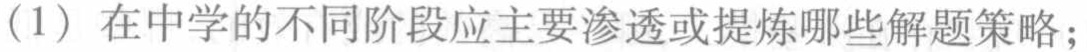
(1) 在中学的不同阶段应主要渗透或提炼哪些解题策略；